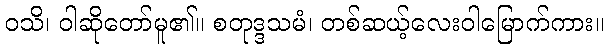
ဝသိ၊ ဝါဆိုတော်မူ၏။ စတုဒ္ဒသမံ၊ တစ်ဆယ့်လေးဝါမြောက်ကား။